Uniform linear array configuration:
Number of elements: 12
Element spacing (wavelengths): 0.5
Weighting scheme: uniform
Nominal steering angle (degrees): -60
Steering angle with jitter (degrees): -60.726
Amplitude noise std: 0.05
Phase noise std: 0.05

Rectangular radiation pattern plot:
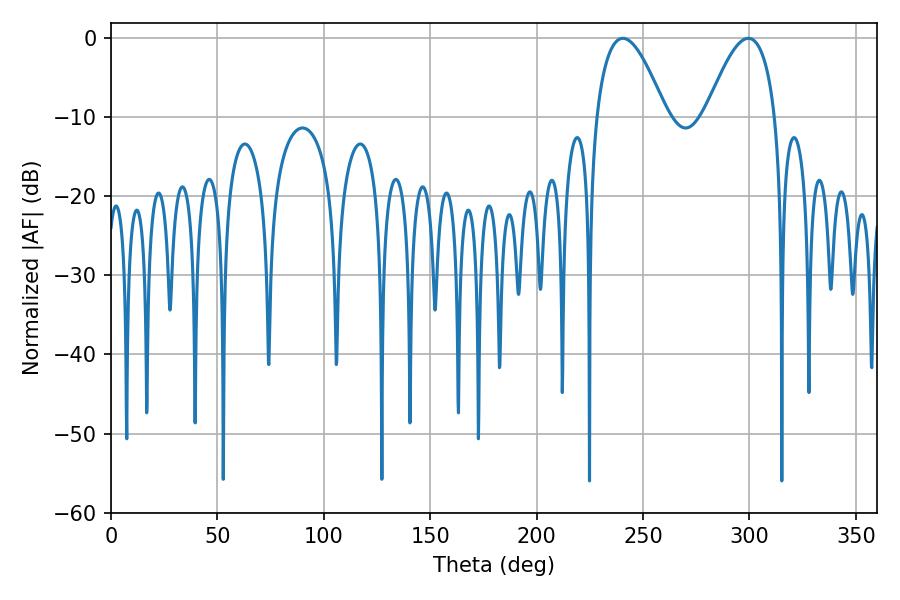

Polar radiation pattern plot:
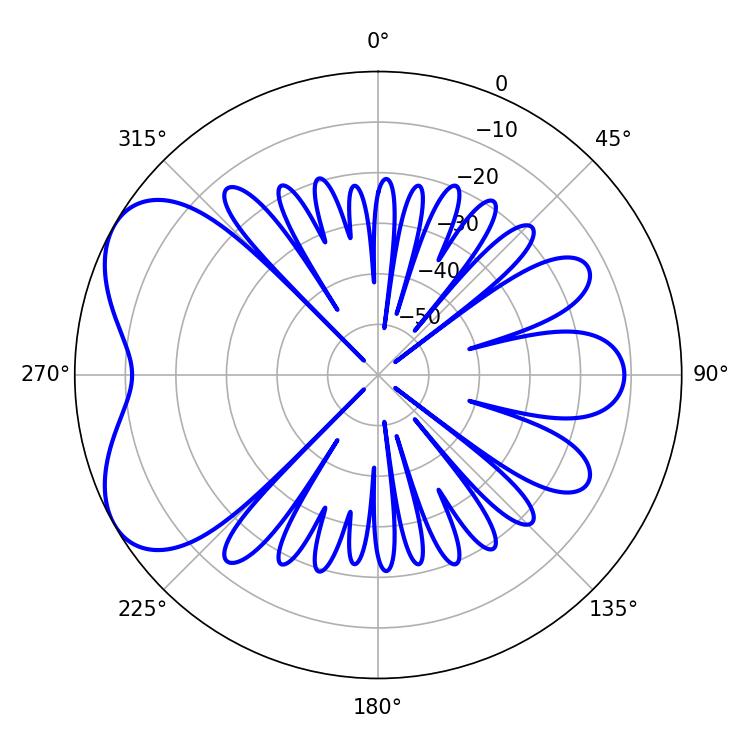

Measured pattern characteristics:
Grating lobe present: FALSE
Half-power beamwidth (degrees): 17.82
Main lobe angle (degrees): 240.48